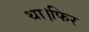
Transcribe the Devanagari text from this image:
था।फिर